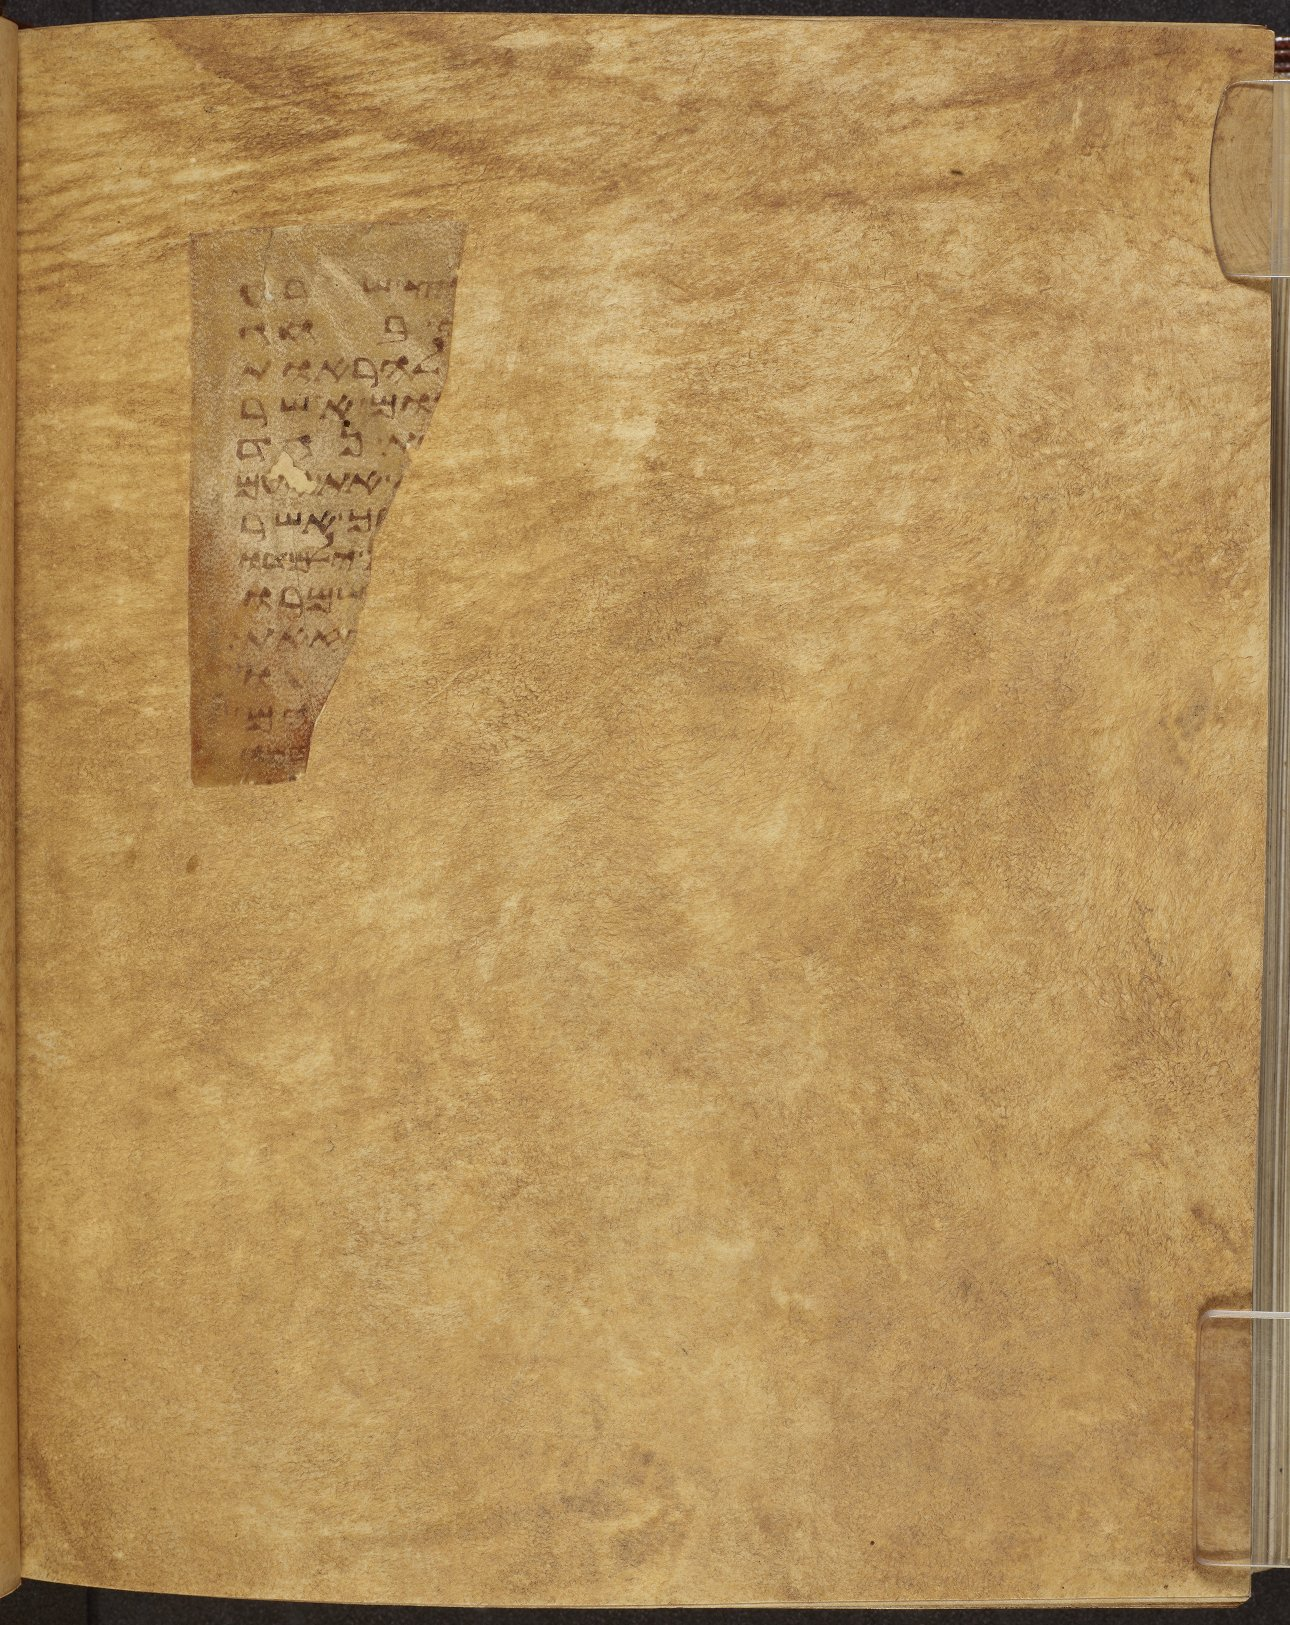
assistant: או שרוע
בחג
להראות
ואשר
אחד
את עם
לך אשר
ילמדו
ואמרו
זאת
תהו
ים
נבו